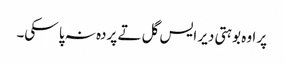
‏ پر اوہ بوہتی دیر ایس گل تے پردہ نہ پا سکی۔